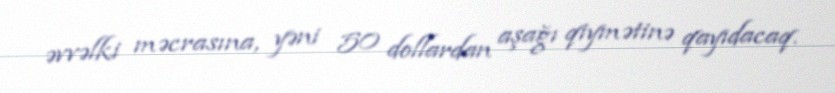
əvvəlki məcrasına, yəni 50 dollardan aşağı qiymətinə qayıdacaq.